Medical and sanitary report of the native army of Madras for the year
Year: 1872
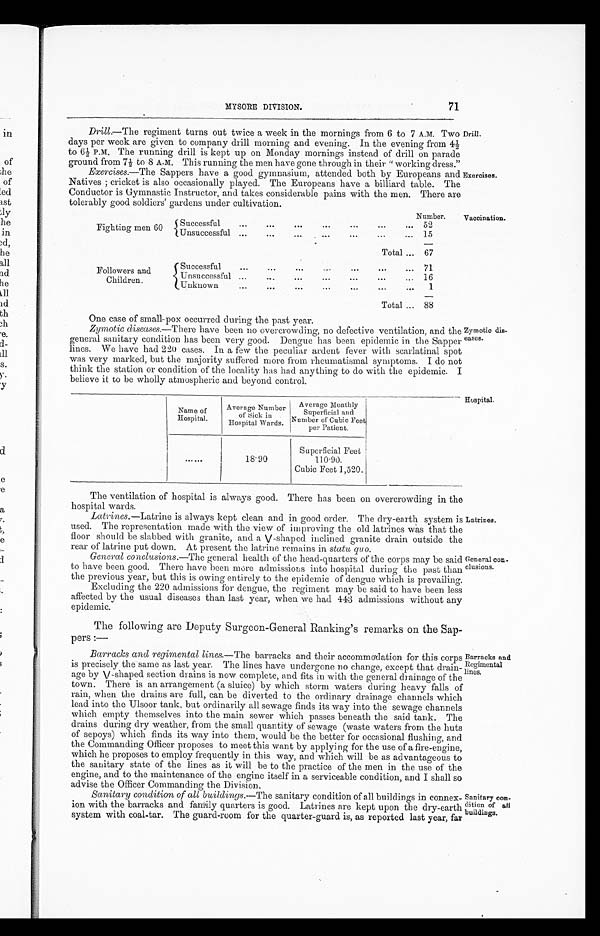
MYSORE DIVISION.
71
Drill .—The regiment turns out twice a week in the mornings from 6.to 7 A.M. Two
days per week are given to company drill morning and evening. In the evening from 4 ½
t o 6 ½ P . M , T h e r u n n i n g d r i l l i s k e p t u p o n M o n d a y m o r n i n g s i n s t e a d o f d r i l l o n p a r a d e
ground from 7 ½ to 8 A.M. This running the men have gone through in their " working dress."
Exercises .—The Sappers have a good gymnasium, attended both by Europeans and
Natives ; cricket is also occasionally played. The Europeans have a billiard table. The
Conductor is Gymnastic Instructor, and takes considerable pains with the men. There are
tolerably good soldiers' gardens under cultivation.
Drill.
Exercises.
Fighting men 60
Number.
Successful
...
...
...
...
...
5 2
Unsuccessful
...
...
...
...
...
15
Total
6 7
Followers and
Children.
Successful
...
...
...
...
...
7 1
Unsuccessful ...
...
...
...
...
1 6
Unknown
...
...
...
...
...
1
Total
88
Vaccination.
One case of small-pox occurred during the past year.
Zymotic diseases.—There have been no overcrowding, no defective ventilation, and the
general sanitary condition has been very good. Dengue has been epidemic in the Sapper
lines. We have had 220 cases, In a few the peculiar ardent fever with scarlatinal spot
was very marked, but the majority suffered more from rheumatismal symptoms. I do not
think the station or condition of the locality has had anything to do with the epidemic. I
believe it to be wholly atmospheric and beyond control.
Zymotic dis-
eases.
Hospital.
Name of
Hospital.
Average Number
of Sick in
Hospital Wards.
Average Monthly
Superficial and
Number of Cubic Feet
per Patient.
. . . . . .
18.90
Superficial Feet
110.90.
Cubic Feet 1,520.
The ventilation of hospital is always good. There has been on overcrowding in the
hospital wards.
Latrines .—Latrine is always kept clean and in good order. The dry-earth system is
used. The representation made with the view of improving the old latrines was that the
floor should be slabbed with granite, and a V-shaped inclined granite drain outside the
rear of latrine put down. At present the latrine remains in statu quo.
General conclusions .—The general health of the head-quarters of the corps may be said
to have been good. There have been more admissions into hospital during- the past than
the previous year, but this is owing entirely to the epidemic of dengue which is prevailing.
Excluding the 220 admissions for dengue, the regiment may be said to have been less
affected by the usual diseases than last year, when we had 443 admissions without any
epidemic.
The following are Deputy Surgeon-General Ranking's remarks on the Sap-
pers :—
Barracks and regimental lines .—The barracks and their accommodation, for this corps
is precisely the same as last year. The lines have undergone no change, except that drain-
age by V-shaped section drains is now complete, and fits in with the general drainage of the
town. There is an arrangement (a sluice) by which storm waters during heavy falls of
rain, when the drains are full, can be diverted to the ordinary drainage channels which
lead into the Ulsoor tank, but ordinarily all sewage finds its way into the sewage channels
which empty themselves into the main sewer which passes beneath the said tank. The
drains during dry weather, from the small quantity of sewage (waste waters from the huts
of sepoys) which finds its way into them, would be the better for occasional flushing, and
the Commanding Officer proposes to meet this want by applying for the use of a fire-engine,
which he proposes to employ frequently in this way, and which will be as advantageous to
the sanitary state of the lines as it will be to the practice of the men in the use of the
engine, and to the maintenance of the engine itself' in a serviceable condition, and I shall so
advise the Officer Commanding the Division.
Sanitary condition of all buildings .—The sanitary condition of all buildings in connex-
ion with the barracks and family quarters is good. Latrines are kept upon the dry-earth
system with coal-tar. The guard-room for the quarter-guard is, as reported last year, far
Latrines.
General con-
clusions.
Barracks and
Regimental
lines.
Sanitary con-
dition of al1
buildings.